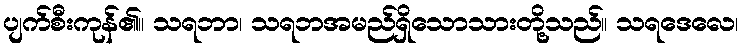
ပျက်စီးကုန်၏။ သရဘာ၊ သရဘအမည်ရှိသောသားတို့သည်။ သရဒေလေ၊